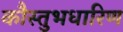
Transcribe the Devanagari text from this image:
कौस्तुभधारिण